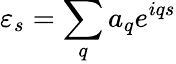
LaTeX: \varepsilon_{s}=\sum_{q}a_{q}e^{iqs}